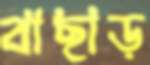
বাছাড়